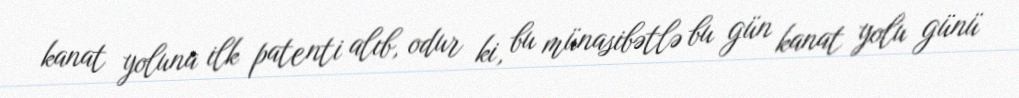
kanat yoluna ilk patenti alıb, odur ki, bu münasibətlə bu gün kanat yolu günü